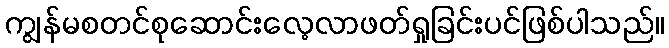
ကျွန်မစတင်စုဆောင်းလေ့လာဖတ်ရှုခြင်းပင်ဖြစ်ပါသည်။